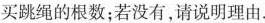
买跳绳的根数；若没有，请说明理由。